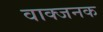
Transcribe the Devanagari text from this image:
वाक्जनक